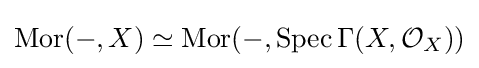
\operatorname {Mor} (-,X)\simeq \operatorname {Mor} (-,\operatorname {Spec} \Gamma (X,{\mathcal {O}}_{X}))